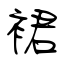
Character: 裙